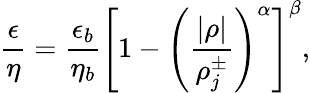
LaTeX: \frac{\epsilon}{\eta}=\frac{\epsilon_{b}}{\eta_{b}}\left[1-\left(\frac{|\rho|}{\rho_{j}^{\pm}}\right)^{\alpha}\right]^{\beta},